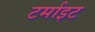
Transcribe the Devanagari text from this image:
टर्माइट